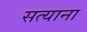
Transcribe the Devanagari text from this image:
सत्याना